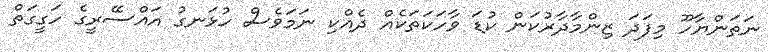
ނަތަންޔާހޫ މިފަދަ ޒިންމާދާރުކަން ކުޑަ ވާހަކަތަކެއް ދެއްކި ނަމަވެސް ހުޅަނގު އައްސޭރީގެ ހަގީގަތް